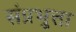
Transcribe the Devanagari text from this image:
संप्रभुत्ता